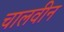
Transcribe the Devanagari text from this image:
चालवीन